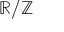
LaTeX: \mathbb { R } / \mathbb { Z }